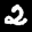
Label: 2